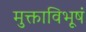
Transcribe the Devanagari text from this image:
मुक्ताविभूषं